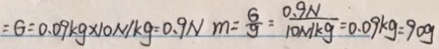
= G = 0 . 0 9 k g \times 1 0 N / k g = 0 . 9 N m = \frac { G } { g } = \frac { 0 . 9 N } { 1 0 N / k g } = 0 . 0 9 k g = 9 0 g